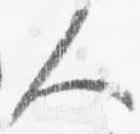
人